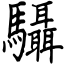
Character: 䯀